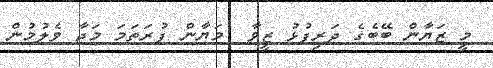
މީ ޒަޔާން ބޭބެގެ ދަރިފުޅު ޒީވާ  މަޔާން ފުރަތަމަ މަޖާ ވެލުމުން